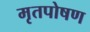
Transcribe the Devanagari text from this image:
मृतपोषण